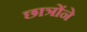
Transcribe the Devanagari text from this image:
छात्रोंने